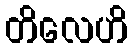
တိလေဟိ